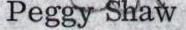
Peggy Shaw